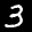
Label: 3